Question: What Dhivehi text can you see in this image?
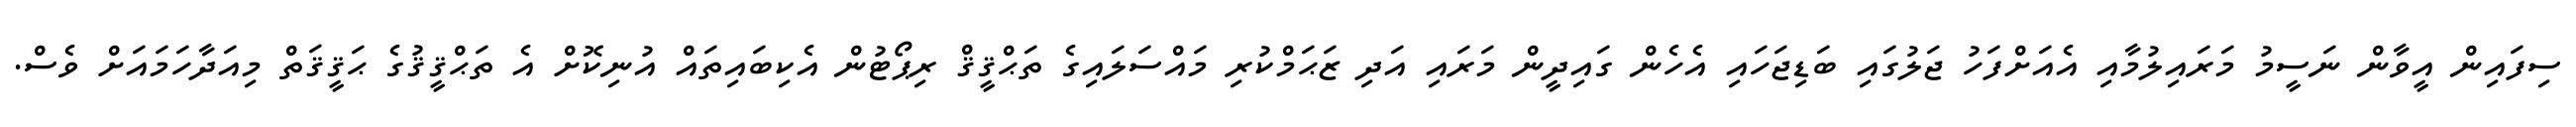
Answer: ސިފައިން އީވާން ނަސީމު މަރައިލުމާއި އެއަށްފަހު ޖަލުގައި ބަޑިޖަހައި އެހެން ގައިދީން މަރައި އަދި ޒަޙަމްކުރި މައްސަލައިގެ ތަޙްޤީޤް ރިޕޯޓުން އެކިބައިތައް އުނިކޮށް އެ ތަޙްޤީޤުގެ ޙަޤީޤަތް މިއަދާހަމައަށް ވެސް.